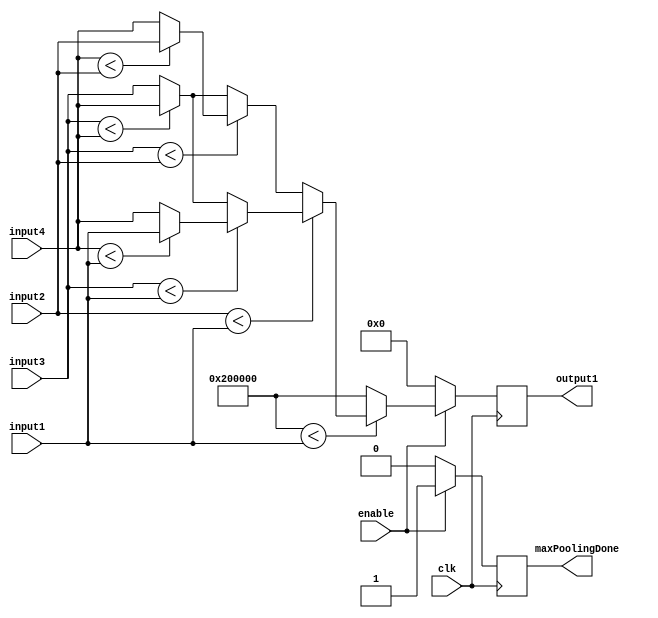
`timescale 1ns / 1ps

module maxPooling(
    input clk,
	input [21:0] input1,
	input [21:0] input2,
	input [21:0] input3,
	input [21:0] input4,
	input enable,
    output reg signed [21:0] output1,
	output reg maxPoolingDone
    );
	
	reg [21:0] initialMax = 22'b1000000000000000000000;
	reg [21:0] tempOutput;
	
	always @ (posedge clk) begin
		if(enable) begin
			if($signed(initialMax) < $signed(input1)) begin
				if($signed(input2) < $signed(input1)) begin
					if($signed(input3) < $signed(input1)) begin
						if($signed(input4) < $signed(input1)) begin
							output1 <= input1;
							maxPoolingDone <= 1;
						end
						else begin
							output1 <= input4;
							maxPoolingDone <= 1;
						end
					end
					else begin
						if($signed(input3) < $signed(input4)) begin
							output1 <= input4;
							maxPoolingDone <= 1;
						end
						else begin
							output1 <= input3;
							maxPoolingDone <= 1;
						end
					end
				end
				else begin
					if($signed(input3) < $signed(input2)) begin
						if($signed(input4) < $signed(input2)) begin
							output1 <= input2;
							maxPoolingDone <= 1;
						end
						else begin
							output1 <= input4;
							maxPoolingDone <= 1;
						end
					end
					else begin
						if($signed(input3) < $signed(input4)) begin
							output1 <= input4;
							maxPoolingDone <= 1;
						end
						else begin
							output1 <= input3;
							maxPoolingDone <= 1;
						end
					end
				end
			end
			else begin
				output1 <= initialMax;
				maxPoolingDone <= 1;
			end
		end
		else begin
			output1 <= 0;
			maxPoolingDone <= 0;
		end
	end


endmodule